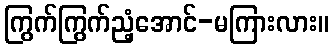
ကြွက်ကြွက်ညံ့အောင်-မကြားလား။